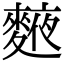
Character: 𪍅